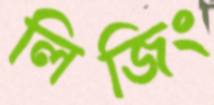
লিজিং